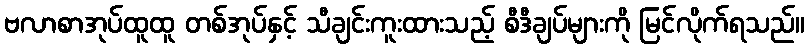
ဗလာစာအုပ်ထူထူ တစ်အုပ်နှင့် သီချင်းကူးထားသည့် စီဒီချပ်များကို မြင်လိုက်ရသည်။